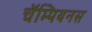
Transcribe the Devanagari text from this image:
चॅम्पियनस